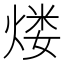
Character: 𤋏